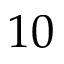
1 0